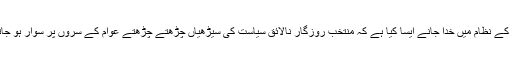
پاکستان کے نظام میں خدا جانے ایسا کیا ہے کہ منتخبِ روزگار نالائق سیاست کی سیڑھیاں چڑھتے چڑھتے عوام کے سروں پر سوار ہو جاتے ہیں۔